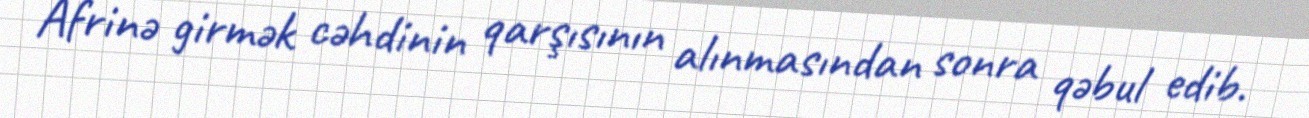
Afrinə girmək cəhdinin qarşısının alınmasından sonra qəbul edib.